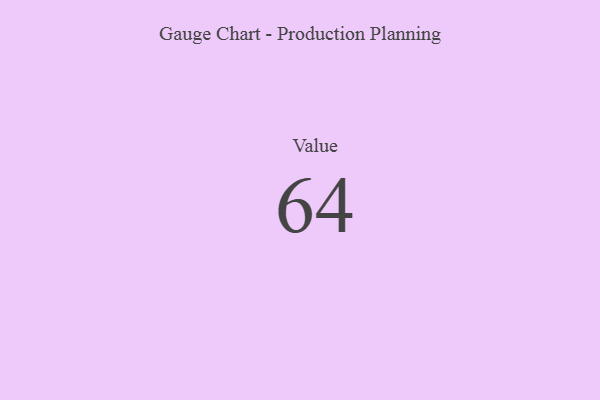
{"axis": {"x": "Metric", "y": "Value"}, "legend": [""], "data": [{"x": "Value", "y": 64, "type": ""}]}